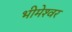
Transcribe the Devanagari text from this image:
भीमेश्‍वर